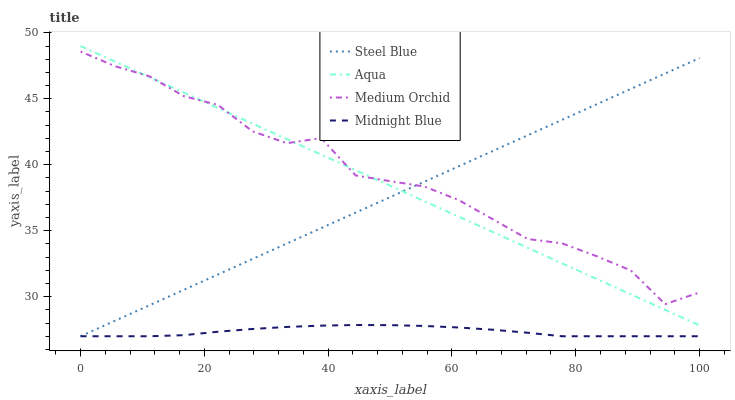
| xaxis_label | Steel Blue | Aqua | Medium Orchid | Midnight Blue |
 | --- | --- | --- | --- | --- |
 | 0 | 27 | 49 | 48.6 | 27 |
 | 5.56 | 28.2 | 47.8 | 47.5 | 27 |
 | 11.1 | 29.3 | 46.6 | 46.7 | 27 |
 | 16.7 | 30.5 | 45.5 | 45.2 | 27.1 |
 | 22.2 | 31.7 | 44.3 | 44.5 | 27.3 |
 | 27.8 | 32.9 | 43.1 | 42.5 | 27.6 |
 | 33.3 | 34 | 41.9 | 41.6 | 27.7 |
 | 38.9 | 35.2 | 40.8 | 42 | 27.8 |
 | 44.4 | 36.4 | 39.6 | 39.2 | 27.9 |
 | 50 | 37.5 | 38.4 | 38.8 | 27.8 |
 | 55.6 | 38.7 | 37.2 | 38.3 | 27.8 |
 | 61.1 | 39.9 | 36.1 | 37.3 | 27.7 |
 | 66.7 | 41.1 | 34.9 | 35.9 | 27.5 |
 | 72.2 | 42.2 | 33.7 | 34.4 | 27.3 |
 | 77.8 | 43.4 | 32.5 | 34 | 27 |
 | 83.3 | 44.6 | 31.4 | 33.1 | 27 |
 | 88.9 | 45.7 | 30.2 | 32 | 27 |
 | 94.4 | 46.9 | 29 | 29.4 | 27 |
 | 100 | 48.1 | 27.8 | 30.3 | 27 |